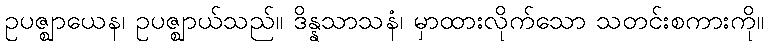
ဥပဇ္ဈာယေန၊ ဥပဇ္ဈာယ်သည်။ ဒိန္နသာသနံ၊ မှာထားလိုက်သော သတင်းစကားကို။